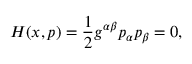
H ( x , p ) = \frac { 1 } { 2 } g ^ { \alpha \beta } p _ { \alpha } p _ { \beta } = 0 ,